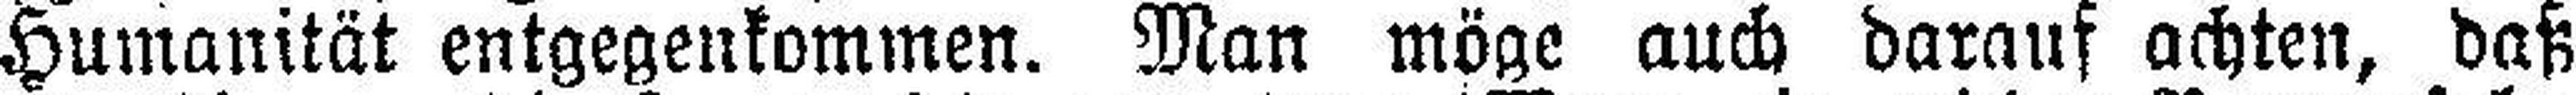
Humanität entgegenkommen. Man möge auch darauf achten, daß